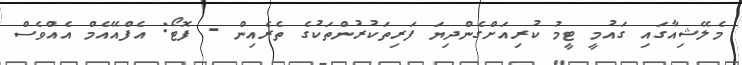
މެލޭޝިއާގައި ގައުމީ ޓީމު ކުރިއަށްގެންދިޔަ ފަރިތަކުރުންތަކުގެ ތެރެއިން - ފޮޓޯ: އެފްއޭއެމް އެއްވެސް